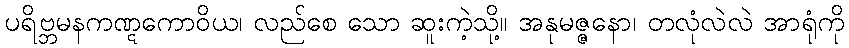
ပရိဗ္ဘမနကဏ္ဋကောဝိယ၊ လည်စေ သော ဆူးကဲ့သို့။ အနုမဇ္ဇနော၊ တလုံလဲလဲ အာရုံကို